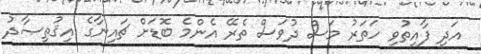
އަދި ފާއިތުވި ހަތަރު މަސް ދުވަސް ތެރޭ އެންމެ ބޮޑަށް ޗައިނާގެ އިޤުތިޞާދު